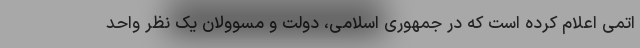
اتمی اعلام کرده است که در جمهوری اسلامی، دولت و مسوولان یک نظر واحد